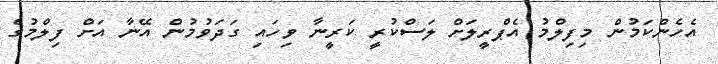
އެހެންކަމުން މިފިލްމު އެޕްރީލަށް ލަސްކުރީ ކަރީނާ ވިހައި ގަދަވުމުން އޭނާ އަށް ފިލްމުގެ